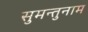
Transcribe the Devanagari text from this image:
सुमन्तुनाम